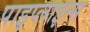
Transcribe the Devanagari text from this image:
पाइप्लाइन्स